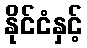
နိုင်ငံနှင့်